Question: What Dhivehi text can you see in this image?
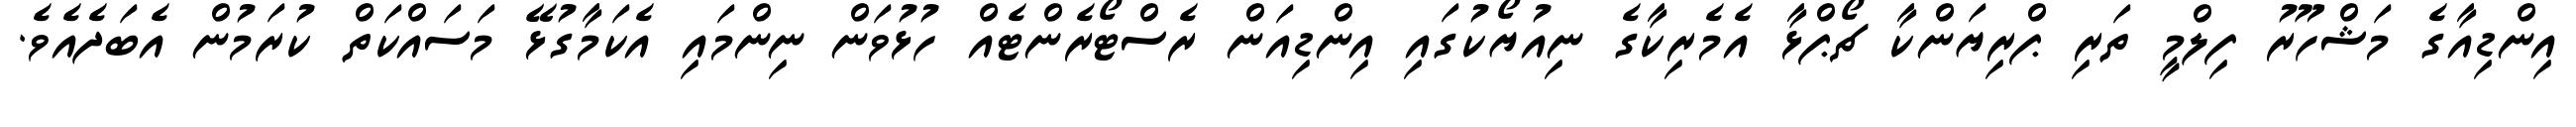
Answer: އިންޑިއާގެ މަޝްހޫރު ފިލްމީ ތަރި ޕްރިޔަންކާ ޗޯޕްޅާ އެމެރިކާގެ ނިއުޔޯކުގައި އިންޑިއަން ރެސްޓޯރެންޓެއް ހުޅުވަން ނިންމައި އެކަމާގުޅޭ މަސައްކަތް ކުރަމުން އެބަދެއެވެ.